Scottish Leaving Certificate Examination, 1954
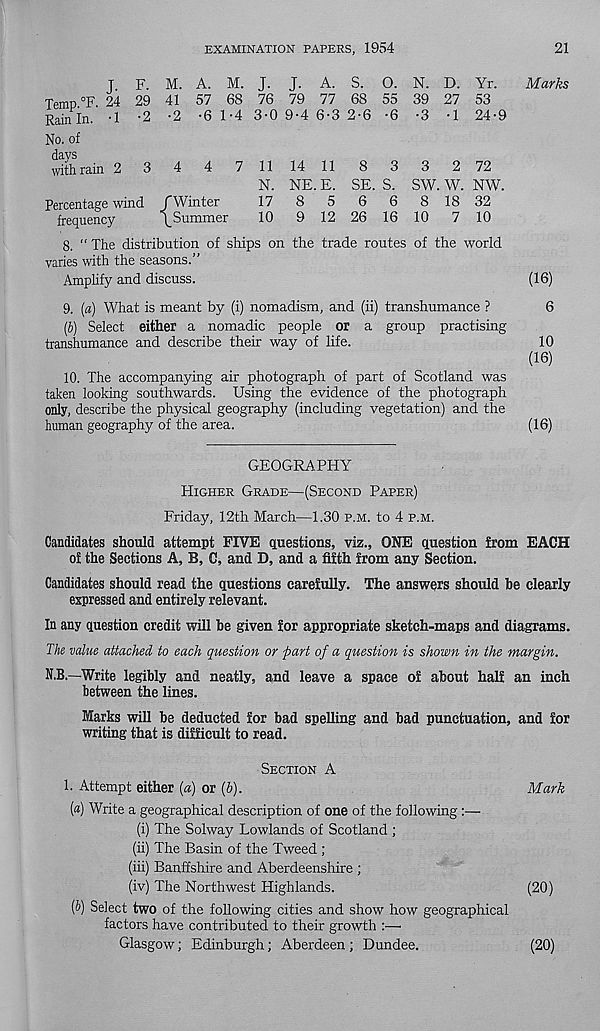
EXAMINATION PAPERS, 1954
21
J F. M. A. M. J. J. A. S. O. N. D. Yr.
Marks
Temp °F 24 29 41 57 68 76 79 77 68 55 39 27 53
Rainln. -1 -2 -2 -6 1-4 3-0 9-4 6-3 2-6 -6 -3 -1 24-9
No. of
with rain 2
3
4
4
7 11 14 11
8
3
3
2 72
N. NE. E. SE. S. SW. W. NW.
Percentage wind /Winter
17
8
5
6
6
818 32
frequency
/Summer
10
9 12 26 16 10
7 10
8. “ The distribution of ships on the trade routes of the world
varies with the seasons.”
Amplify and discuss.
(16)
9. [a) What is meant by (i) nomadism, and (ii) transhumance ?
6
(6) Select either a nomadic people or a group practising
transhumance and describe their way of life.
10
(16)
10. The accompanying air photograph of part of Scotland was
taken looking southwards. Using the evidence of the photograph
only, describe the physical geography (including vegetation) and the
human geography of the area.
(16)
GEOGRAPHY
HIGHER GRADE—(SECOND PAPER)
Friday, 12th March—1.30 P.M. to 4 P.M.
Candidates should attempt FIVE questions, viz., ONE question from EACH
of the Sections A, B, C, and D, and a fifth from any Section.
Candidates should read the questions carefully. The answers should be clearly
expressed and entirely relevant.
In any question credit will be given for appropriate sketch-maps and diagrams.
The value attached to each question or part of a question is shown in the margin.
N.B.—Write legibly and neatly, and leave a space of about half an inch
between the lines.
Marks will be deducted for bad spelling and bad punctuation, and for
writing that is difficult to read.
SECTION A
1. Attempt either (a) or (6).
Mark
(a) Write a geographical description of one of the following
(i) The Solway Lowlands of Scotland ;
(ii) The Basin of the Tweed ;
(iii) Banffshire and Aberdeenshire ;
(iv) The Northwest Highlands.
(20)
(b) Select two of the following cities and show how geographical
factors have contributed to their growth :—■
Glasgow; Edinburgh; Aberdeen ; Dundee.
(20)